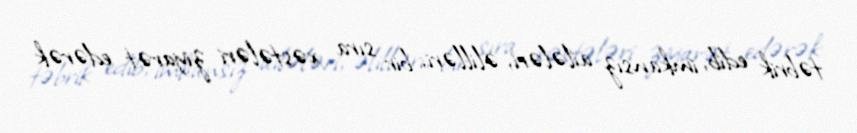
təbrik edib, imkansız ailələri, əlilləri, bir sıra xəstələri ziyarət edərək